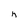
Character: h